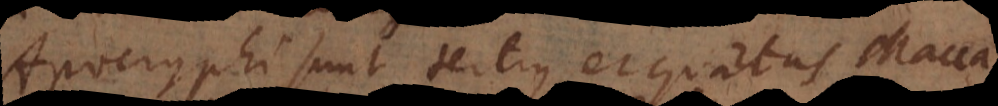
Apocryphi sunt tertius et quartus Macca